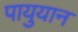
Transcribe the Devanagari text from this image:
पायुयान